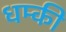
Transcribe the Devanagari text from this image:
धम्की